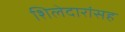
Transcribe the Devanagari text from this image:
शिलेदारांसह